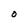
Character: O